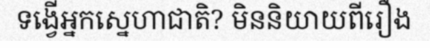
ទង្វើអ្នកស្នេហាជាតិ? មិននិយាយពីរឿង